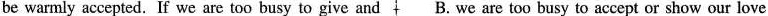
be warmly accepted. If we are too busy to give and B. we are too busy to accept or show our love